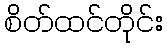
စိတ်ထင်တိုင်း